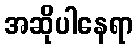
အဆိုပါနေရာ